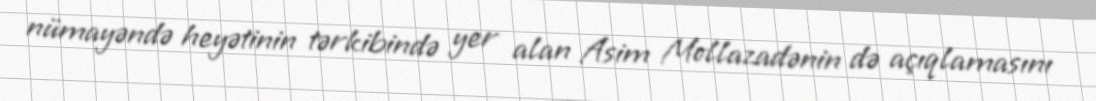
nümayəndə heyətinin tərkibində yer alan Asim Mollazadənin də açıqlamasını